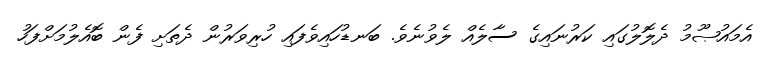
އެމައުޞޫމު ދެލޮލުގައި ކަރުނައިގެ ސާލެއް ލެވުނެވެ. ބަނޑުހައިވެފައި ހުރިވަރުން ދެތަށި ފެން ބޮއެލުމަށްފަހު